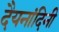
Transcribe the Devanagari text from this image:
दैयनांदिनी